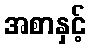
အစာနှင့်